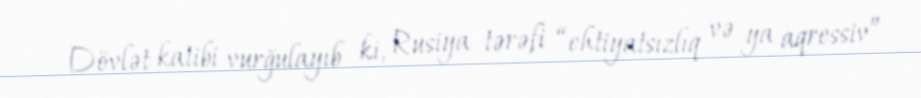
Dövlət katibi vurğulayıb ki, Rusiya tərəfi “ehtiyatsızlıq və ya aqressiv”